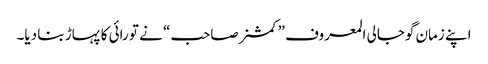
اپنے زمان گوجالی المعروف ”کمشنرصاحب“ نے تو رائی کا پہاڑ بنا دیا۔